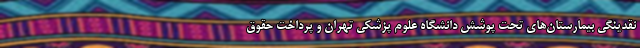
نقدینگی بیمارستان‌های تحت پوشش دانشگاه علوم پزشکی تهران و پرداخت حقوق